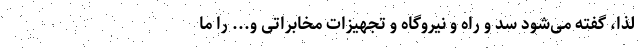
لذا، گفته می‌شود سد و راه و نیروگاه و تجهیزات مخابراتی و... را ما